system: You are a helpful assistant.
user:
Analyze the provided spectrum to determine if it is a **"Cataclysmic Variables (CV)"**.

- **Key Indicators for CV (Check for either state):**
    - **State 1: Quiescent / Low-State (Emission-Dominated)**
        - **(Primary):** Strong and *very broad* Hydrogen Balmer emission lines (e.g., $H\alpha$ at 6563 Å, $H\beta$ at 4861 Å). The 'broadness' (high velocity dispersion, often FWHM > 1000 km/s) is the key diagnostic, indicating a high-velocity accretion disk.
        - **(Secondary):** Broad neutral Helium (He I) emission lines (e.g., 5876 Å, 6678 Å).
        - **(Key Confirmation):** Presence of high-excitation *ionized* Helium (He II) emission at 4686 Å. This is a strong indicator of accretion onto a white dwarf.
        - **(Line Profile):** Emission lines may exhibit a 'double-peaked' profile, which is a classic signature of a rotating accretion disk viewed at high inclination.

    - **State 2: Outburst / High-State (Absorption-Dominated)**
        - **(Primary):** Spectrum is dominated by a bright, blue continuum (looks like a hot star).
        - **(Secondary):** The emission lines from State 1 are weak, absent, or 'filled in', and are replaced by broad, shallow *absorption* lines (primarily Balmer and He I).
        - **(Morphology):** The overall spectrum mimics a hot B/A-type star. The crucial difference is that the absorption lines are significantly broader, shallower, and more 'washed-out' (or 'smeared') than the sharp lines of a normal stellar photosphere, due to high rotational speeds and pressure broadening in the disk.

Think first, call **spectral_visualization_tool** if needed to examine features in detail, then provide your final answer. Your response must adhere to the following strict rules:
1.  **Overall Structure:** Your response must follow the format `<think>...</think> <tool_call>...</tool_call> (if a tool is used) <answer>...</answer>`.
2.  **Tool Usage Constraint:** You may only make **one** tool call per turn.
3.  **Final Answer Format:** In the `<answer>` tag, your conclusion must be inside a `\boxed{}` command (e.g., `\boxed{YES}`), followed by your justification.

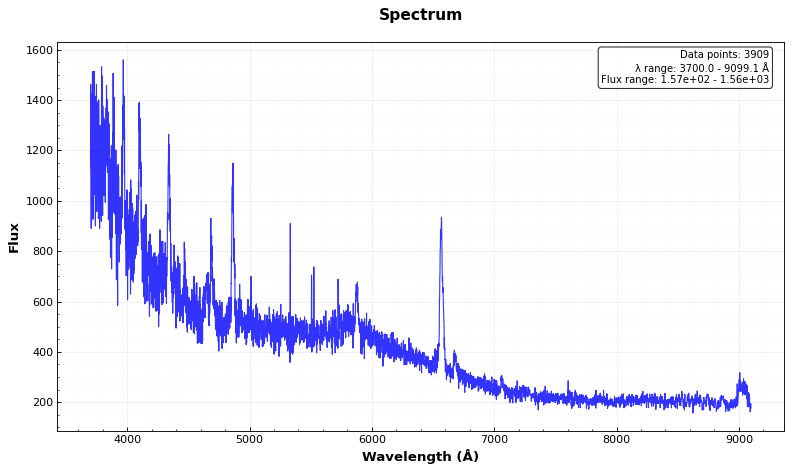
Answer: YES